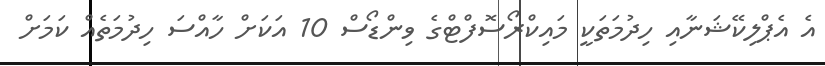
އެ އެޕްލިކޭޝަނާއި ހިދުމަތަކީ މައިކްރޯސޮފްޓްގެ ވިންޑޯސް 10 އަކަށް ހާއްސަ ހިދުމަތެއް ކަމަށް